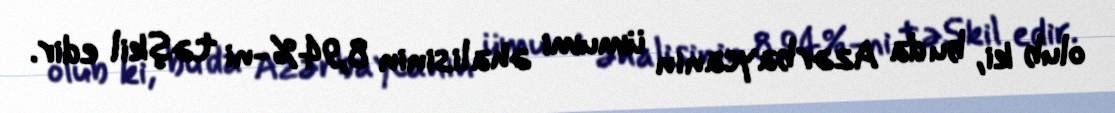
olub ki, bu da Azərbaycanın ümumi əhalisinin 8,94%-ni təşkil edir.